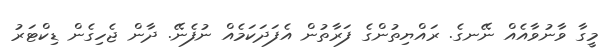
މީގާ ވާނުވާއެއް ނޭނގެ. ރައްޔިތުންގެ ފަރާތުން އެފަދަކަމެއް ނުފެނޭ. ދާން ޖެހިގެން ޑިކްޓަރު